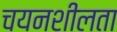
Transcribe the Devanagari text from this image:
चयनशीलता